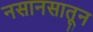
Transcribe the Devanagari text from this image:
नसानसातून